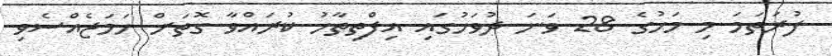
ފުރަތަމަ މި މަހުގެ 28 ވަނަ ދުވަހުގައި އިފްތިތާހު ކުރައްވާ ގޮތަށް ހަމަޖެއްސެވި